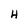
Character: H